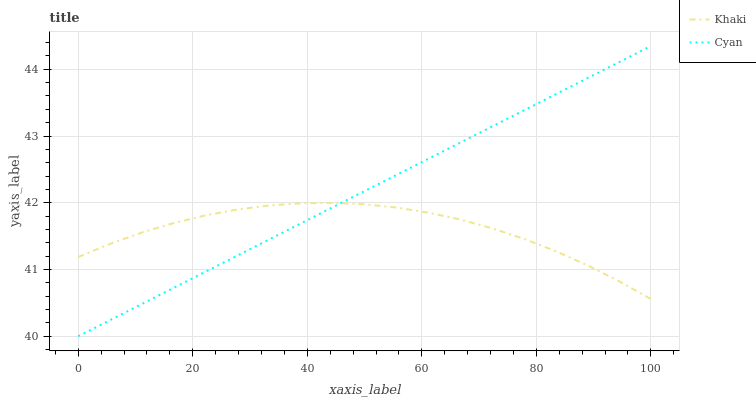
| xaxis_label | Khaki | Cyan |
 | --- | --- | --- |
 | 0 | 41.2 | 40 |
 | 5.56 | 41.4 | 40.2 |
 | 11.1 | 41.6 | 40.5 |
 | 16.7 | 41.7 | 40.7 |
 | 22.2 | 41.8 | 41 |
 | 27.8 | 41.9 | 41.2 |
 | 33.3 | 42 | 41.4 |
 | 38.9 | 42 | 41.7 |
 | 44.4 | 42 | 41.9 |
 | 50 | 42 | 42.2 |
 | 55.6 | 41.9 | 42.4 |
 | 61.1 | 41.9 | 42.7 |
 | 66.7 | 41.7 | 42.9 |
 | 72.2 | 41.6 | 43.1 |
 | 77.8 | 41.5 | 43.4 |
 | 83.3 | 41.3 | 43.6 |
 | 88.9 | 41.1 | 43.9 |
 | 94.4 | 40.8 | 44.1 |
 | 100 | 40.6 | 44.3 |